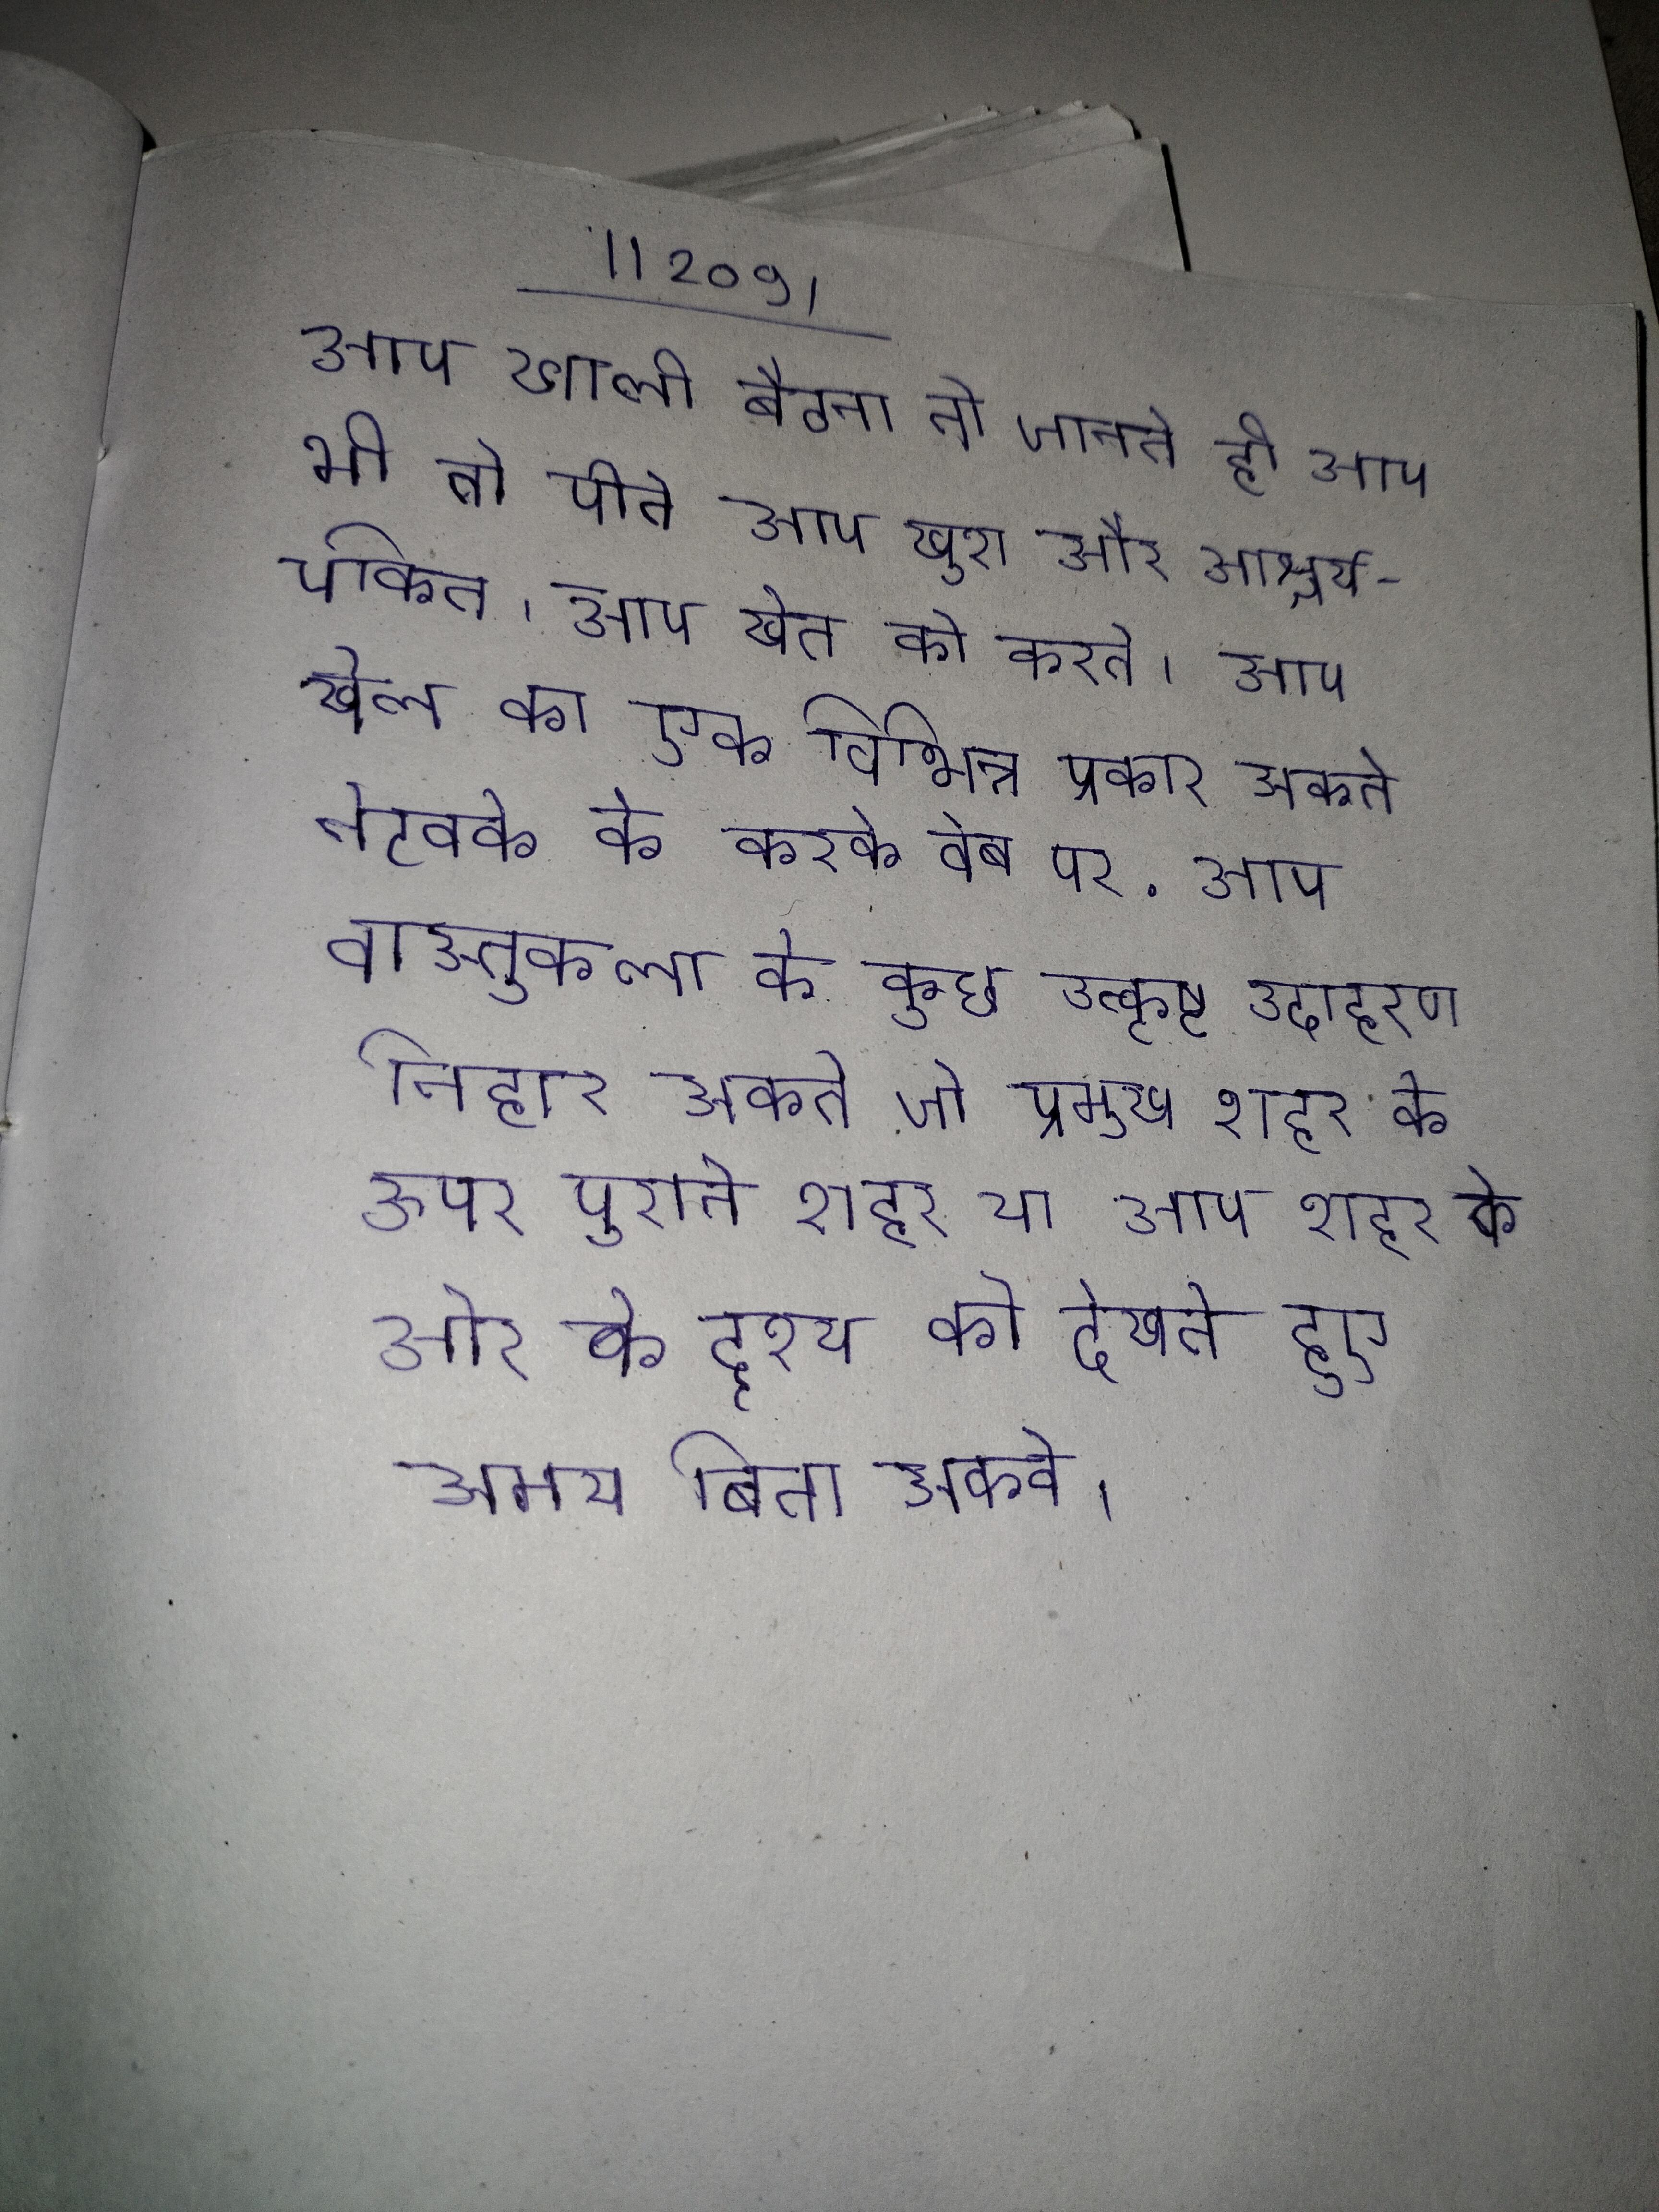
आप खाली बैठना तो जानते ही आप भी तो पीते आप खुश और आश्चर्यचकित । आप खेत को करते । आप खेल का एक विभिन्न प्रकार सकते नेटवर्क के करके वेब पर . आप वास्तुकला के कुछ उत्कृष्ट उदाहरण निहार सकते जो प्रमुख शहर के ऊपर पुराने शहर या आप शहर के ओर के दृश्य को देखते हुए समय बिता सकते ।